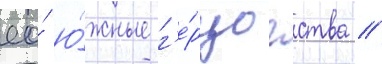
ео́ ю́жные г'е́рцогства //